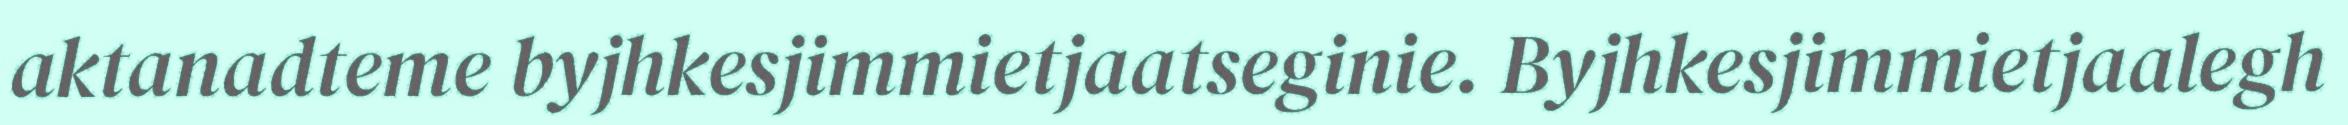
aktanadteme byjhkesjimmietjaatseginie. Byjhkesjimmietjaalegh